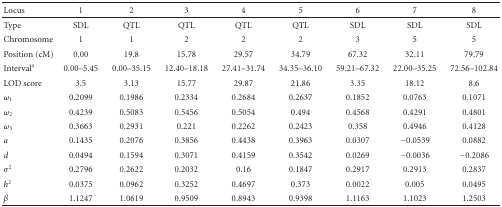
| Locus | 1 | 2 | 3 | 4 | 5 | 6 | 7 | 8 |
 | --- | --- | --- | --- | --- | --- | --- | --- | --- |
 | Type | SDL | QTL | QTL | QTL | QTL | SDL | SDL | SDL |
 | Chromosome | 1 | 1 | 2 | 2 | 2 | 3 | 5 | 5 |
 | Position (cM) | 0.00 | 19.8 | 15.78 | 29.57 | 34.79 | 67.32 | 32.11 | 79.79 |
 | Intervala | 0.00–5.45 | 0.00–35.15 | 12.40–18.18 | 27.41–31.74 | 34.35–36.10 | 59.21–67.32 | 22.00–35.25 | 72.56–102.84 |
 | LOD score | 3.5 | 3.13 | 15.77 | 29.87 | 21.86 | 3.35 | 18.12 | 8.6 |
 | ω1 | 0.2099 | 0.1986 | 0.2334 | 0.2684 | 0.2637 | 0.1852 | 0.0763 | 0.1071 |
 | ω2 | 0.4239 | 0.5083 | 0.5456 | 0.5054 | 0.494 | 0.4568 | 0.4291 | 0.4801 |
 | ω3 | 0.3663 | 0.2931 | 0.221 | 0.2262 | 0.2423 | 0.358 | 0.4946 | 0.4128 |
 | a | 0.1435 | 0.2076 | 0.3856 | 0.4438 | 0.3963 | 0.0307 | −0.0539 | 0.0882 |
 | d | 0.0494 | 0.1594 | 0.3071 | 0.4159 | 0.3542 | 0.0269 | −0.0036 | −0.2086 |
 | σ2 | 0.2796 | 0.2622 | 0.2032 | 0.16 | 0.1847 | 0.2917 | 0.2913 | 0.2837 |
 | h2 | 0.0375 | 0.0962 | 0.3252 | 0.4697 | 0.373 | 0.0022 | 0.005 | 0.0495 |
 | β | 1.1247 | 1.0619 | 0.9509 | 0.8943 | 0.9398 | 1.1163 | 1.1023 | 1.2503 |